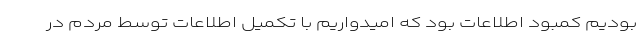
بودیم کمبود اطلاعات بود که امیدواریم با تکمیل اطلاعات توسط مردم در